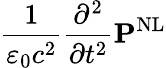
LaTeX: {\frac{1}{\varepsilon_{0}c^{2}}}{\frac{\partial^{2}}{\partial t^{2}}}\mathbf{P}^{\mathrm{NL}}